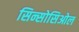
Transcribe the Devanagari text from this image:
सिन्सोसिओल